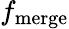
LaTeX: f_{\mathrm{merge}}